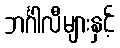
ဘင်္ဂါလီများနှင့်